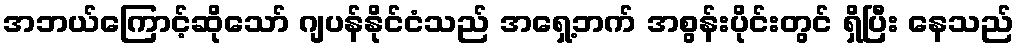
အဘယ်ကြောင့်ဆိုသော် ဂျပန်နိုင်ငံသည် အရှေ့ဘက် အစွန်းပိုင်းတွင် ရှိပြီး နေသည်